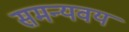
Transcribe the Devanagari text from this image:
समन्यवय